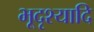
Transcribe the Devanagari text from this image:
भूदृश्यादि